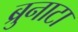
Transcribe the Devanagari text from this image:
ब्रुनाटा